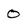
Character: 0